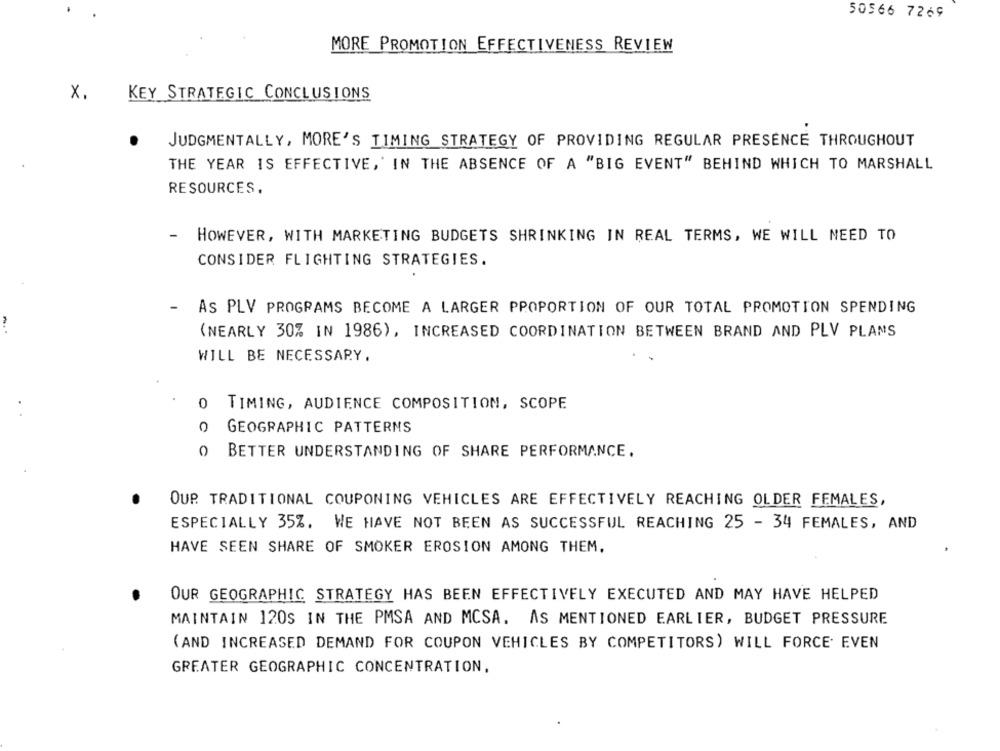
50566 7269
MORE PROMOTION EFFECTIVENESS REVIEW
X.
KEY STRATEGIC CONCLUSIONS
JUDGMENTALLY, MORE'S TIMING STRATEGY OF PROVIDING REGULAR PRESENCE THROUGHOUT
THE YEAR IS EFFECTIVE,' IN THE ABSENCE OF A "BIG EVENT" BEHIND WHICH TO MARSHALL
RESOURCES.
HOWEVER, WITH MARKETING BUDGETS SHRINKING IN REAL TERMS, WE WILL NEED TO
CONSIDER FLIGHTING STRATEGIES.
-
AS PLV PROGRAMS BECOME A LARGER PPOPORTION OF OUR TOTAL PROMOTION SPENDING
(NEARLY 30% IN 1986), INCREASED COORDINATION BETWEEN BRAND AND PLV PLANS
WILL BE NECESSARY.
0
TIMING, AUDIENCE COMPOSITION, SCOPE
0
GEOGRAPHIC PATTERNS
0
BETTER UNDERSTANDING OF SHARE PERFORMANCE.
OUR. TRADITIONAL COUPONING VEHICLES ARE EFFECTIVELY REACHING OLDER FEMALES,
ESPECIALLY 35%. WE HAVE NOT BEEN AS SUCCESSFUL REACHING 25 - 34 FEMALES, AND
HAVE SEEN SHARE OF SMOKER EROSION AMONG THEM.
OUR GEOGRAPHIC STRATEGY HAS BEEN EFFECTIVELY EXECUTED AND MAY HAVE HELPED
MAINTAIN 120S IN THE PMSA AND MCSA. AS MENTIONED EARLIER, BUDGET PRESSURE
(AND INCREASED DEMAND FOR COUPON VEHICLES BY COMPETITORS) WILL FORCE EVEN
GREATER GEOGRAPHIC CONCENTRATION,